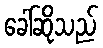
ခေါ်ဆိုသည်